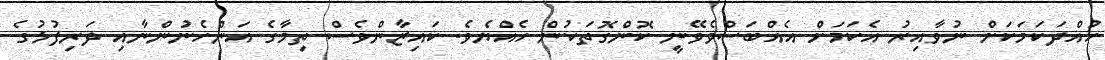
ހުއްދަކަމަކަށް ނުވާއިރު އެކަމަށް އެއްބަސްވެވޭނީ ކޮންގޮތަކުން ހެއްޔެވެ. ކައިޒާންވެސް ތިމާގެ އަންހެނުންނާއި ދަރިފުޅުގެ